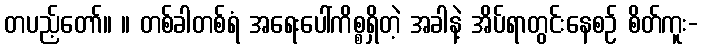
တပည့်တော်။ ။ တစ်ခါတစ်ရံ အရေးပေါ်ကိစ္စရှိတဲ့ အခါနဲ့ အိပ်ရာတွင်းနေစဉ် စိတ်ကူး-